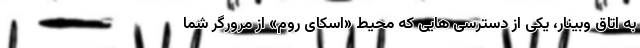
به اتاق وبینار، یکی از دسترسی هایی که محیط «اسکای روم» از مرورگر شما